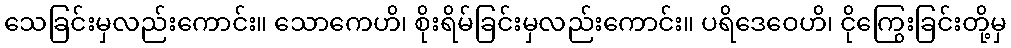
သေခြင်းမှလည်းကောင်း။ သောကေဟိ၊ စိုးရိမ်ခြင်းမှလည်းကောင်း။ ပရိဒေဝေဟိ၊ ငိုကြွေးခြင်းတို့မှ